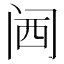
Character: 𲈹